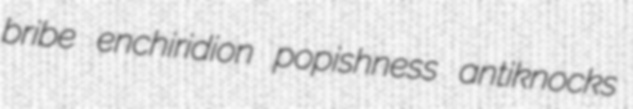
bribe enchiridion popishness antiknocks